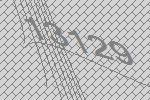
13129